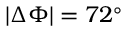
| \Delta \Phi | = 7 2 ^ { \circ }